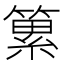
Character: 䉂